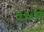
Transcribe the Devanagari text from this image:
५६ए